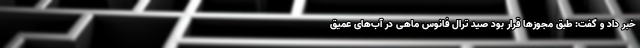
خبر داد و گفت: طبق مجوزها قرار بود صید ترال فانوس ماهی در آب‌های عمیق